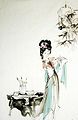
平林漠漠烟如织，寒山一带伤心碧。